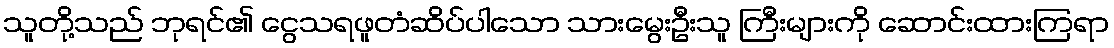
သူတို့သည် ဘုရင်၏ ငွေသရဖူတံဆိပ်ပါသော သားမွေးဦးသူ ကြီးများကို ဆောင်းထားကြရာ